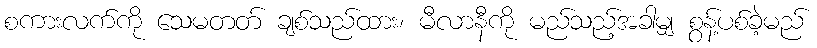
စကားလက်ကို သေမတတ် ချစ်သည်ထား၊ မီလာနီကို မည်သည့်အခါမျှ စွန့်ပစ်ခဲ့မည်